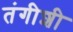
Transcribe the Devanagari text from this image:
तंगीशी